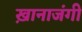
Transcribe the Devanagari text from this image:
ख़ानाजंगी